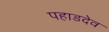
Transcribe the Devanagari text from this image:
पहाडदेव